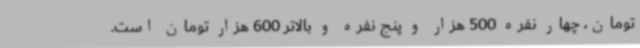
تومان، چهار نفره 500 هزار و پنج نفره و بالاتر 600 هزار تومان است.